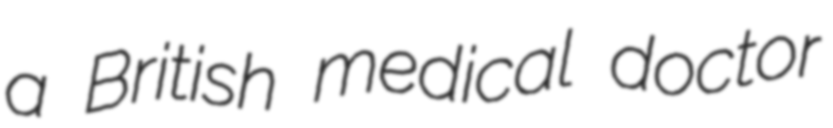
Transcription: a British medical doctor